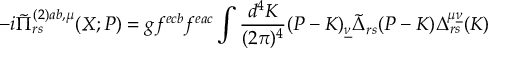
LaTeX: - i \tilde { \Pi } _ { r s } ^ { ( 2 ) a b , \mu } ( X ; P ) = g f ^ { e c b } f ^ { e a c } \int \frac { d ^ { 4 } K } { ( 2 \pi ) ^ { 4 } } ( P - K ) _ { \underline { { { \nu } } } } \tilde { \Delta } _ { r s } ( P - K ) \Delta _ { r s } ^ { \mu \underline { { { \nu } } } } ( K )